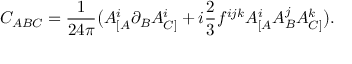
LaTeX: C _ { A B C } = \frac { 1 } { 2 4 \pi } \big ( A _ { [ A } ^ { i } \partial _ { B } A _ { C ] } ^ { i } + i \frac { 2 } { 3 } f ^ { i j k } A _ { [ A } ^ { i } A _ { B } ^ { j } A _ { C ] } ^ { k } \big ) .